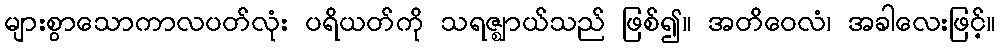
များစွာသောကာလပတ်လုံး ပရိယတ်ကို သရဇ္ဈာယ်သည် ဖြစ်၍။ အတိဝေလံ၊ အခါလေးဖြင့်။